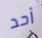
أحد